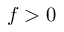
f > 0